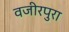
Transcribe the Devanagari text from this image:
वजीरपुरा